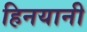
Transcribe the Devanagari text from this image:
हिनयानी